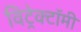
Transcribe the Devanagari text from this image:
विट्रेक्टॉमी